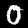
Digit: 0